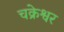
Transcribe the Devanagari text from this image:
चक्रेश्वर